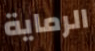
الرماية